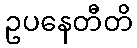
ဥပနေတီတိ